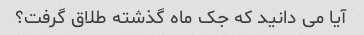
آیا می دانید که جک ماه گذشته طلاق گرفت؟